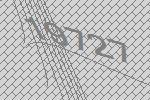
19727